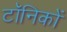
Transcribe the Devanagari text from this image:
टॉनिकों